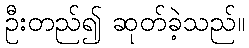
ဦးတည်၍ ဆုတ်ခဲ့သည်။